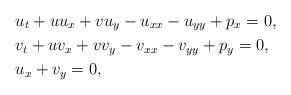
LaTeX: \begin{align*}&u_t+uu_x+vu_y-u_{xx}-u_{yy}+p_x=0,\\&v_t+uv_x+vv_y-v_{xx}-v_{yy}+p_y=0,\\&u_x+v_y=0,\end{align*}